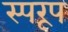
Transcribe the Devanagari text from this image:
स्परूप